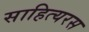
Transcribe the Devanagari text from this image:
साहित्यरस